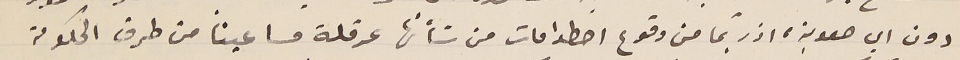
دون اي صعوبة، اذ ربّما من وقوع اصطدامات من شأنها عرقلة مساعينا من طرق الحكومة